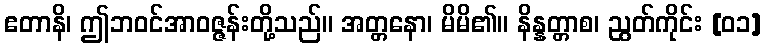
ဧတာနိ၊ ဤဘဝင်အာဝဇ္ဇန်းတို့သည်။ အတ္တနော၊ မိမိ၏။ နိန္နတ္တာစ၊ ညွတ်ကိုင်း [၀၁]